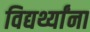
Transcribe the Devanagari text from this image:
विद्यर्थ्यांना